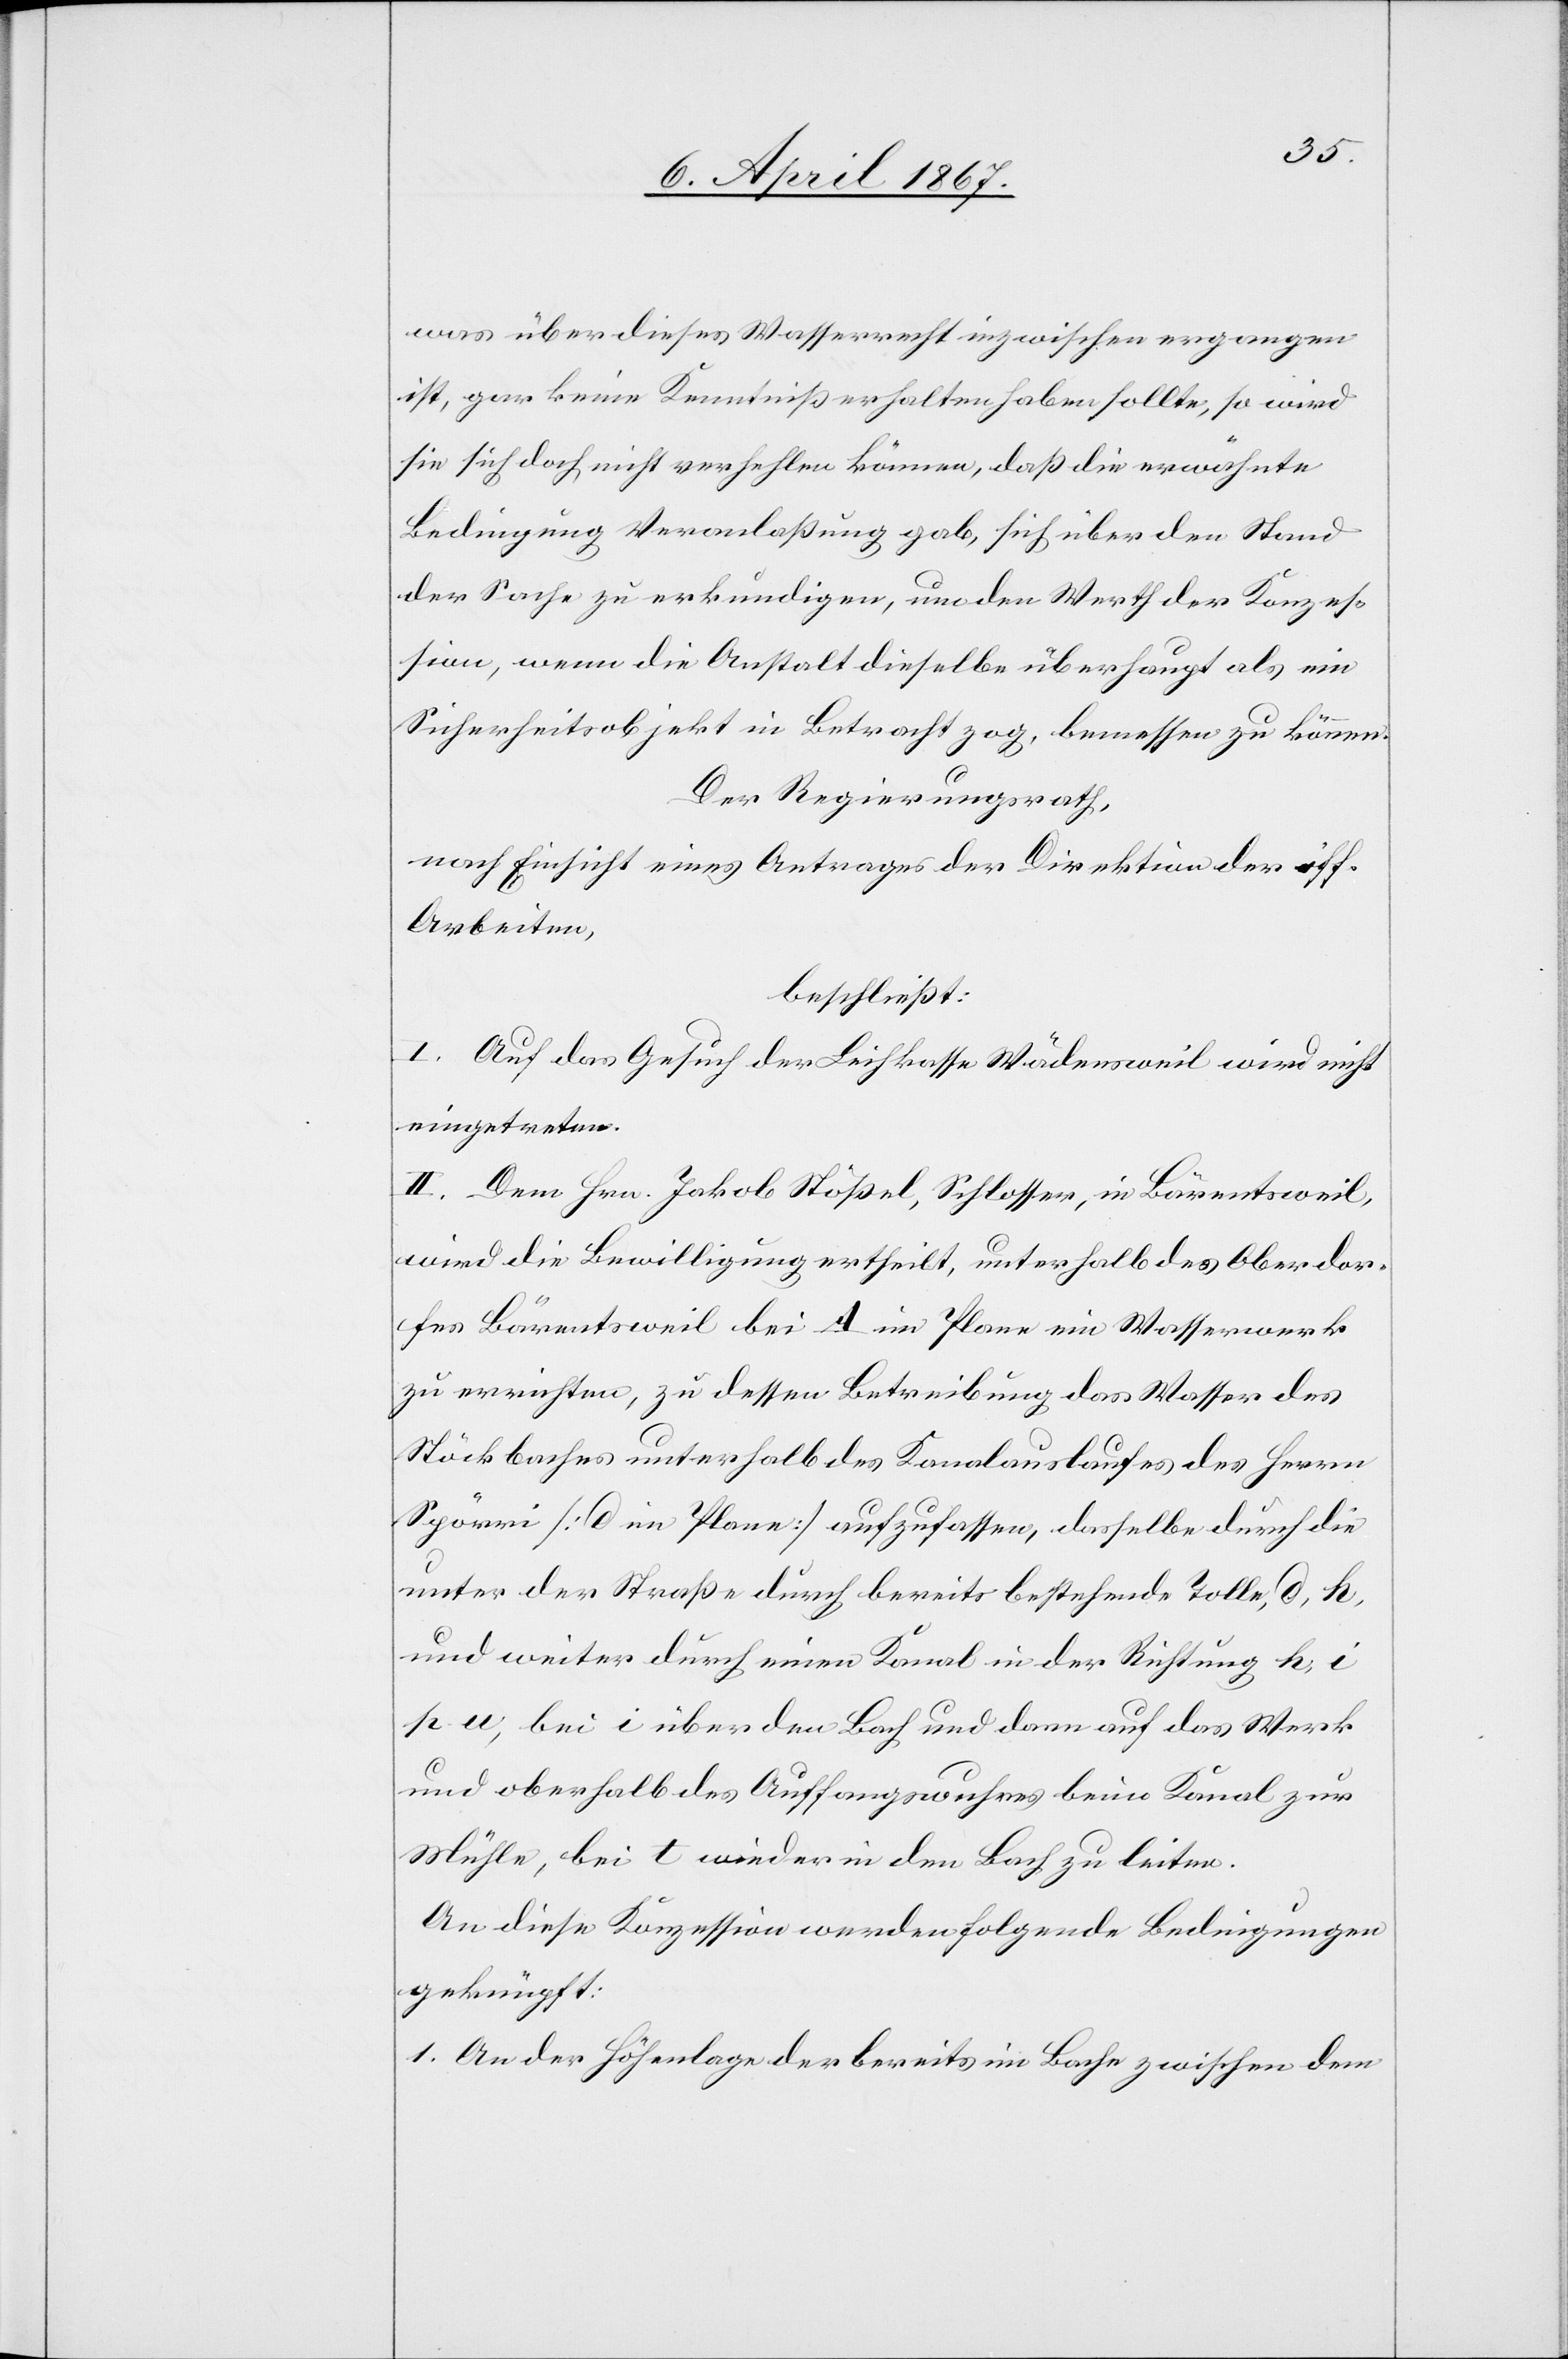
was über dieses Wasserrecht inzwischen ergangen
ist, gar keine Kenntniß erhalten haben sollte, so wird
sie sich doch nicht verhehlen können, daß die erwähnte
Bedingung Veranlaßung gab, sich über den Stand
der Sache zu erkundigen, um den Werth der Konzes¬
sion, wenn die Anstalt dieselbe überhaupt als ein
Sicherheitsobjekt in Betracht zog, bemessen zu können.
Der Regierungsrath,
nach Einsicht eines Antrages der Direktion der öff.
Arbeiten,
beschließt:
I. Auf das Gesuch der Leihkasse Wädensweil wird nicht
eingetreten.
II. Dem Hrn. Jakob Stößel, Schlosser, in Bärentsweil,
wird die Bewilligung ertheilt, unterhalb des Oberdor¬
fes Bärentsweil bei A im Plane ein Wasserwerk
zu errichten, zu dessen Betreibung das Wasser des
Stöckbaches unterhalb des Kanalauslaufes des Herrn
Spörri [d im Plane] aufzufassen, dasselbe durch die
unter der Straße durch bereits bestehende Tole, d, k,
und weiter durch einen Kanal in der Richtung k,
p, u, bei i über den Bach und dann auf das Werk
und oberhalb des Auffangwuhres beim Kanal zur
Mühle, bei t wieder in den Bach zu leiten.
An diese Konzession werden folgende Bedingungen
geknüpft:
1. An der Höhenlage der bereits im Bache zwischen dem